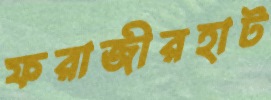
ফরাজীরহাট